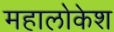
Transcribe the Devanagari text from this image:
महालोकेश